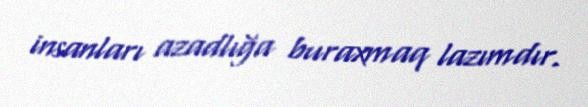
insanları azadlığa buraxmaq lazımdır.